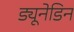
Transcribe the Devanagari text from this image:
ड्यूनेडिन